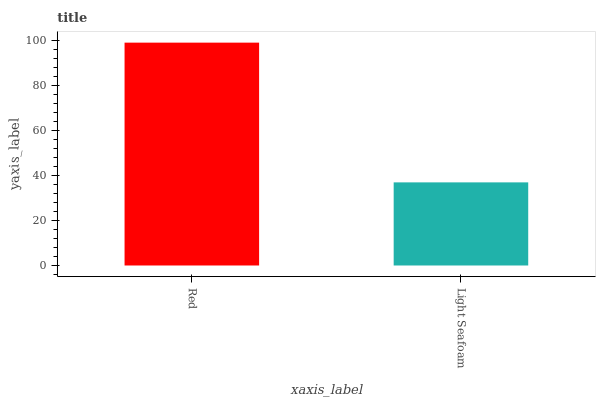
| xaxis_label | bars |
 | --- | --- |
 | Red | 99 |
 | Light Seafoam | 36.9 |